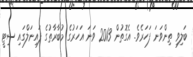
ބަލިވި ތިންވަނަ ފަހަރެވެ. އެގޮތުން 2013 ވަނަ އަހަރުގެ މުބާރާތުގެ ފައިނަލްގައި ސިޓީ